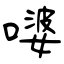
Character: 嘙